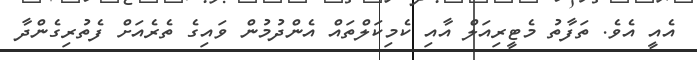
އެއީ އެވެ. ތަފާތު މެޓީރިއަލް އާއި ކެމިކަލްތައް އެންދުމުން ވައިގެ ތެރެއަށް ފެތުރިގެންދާ